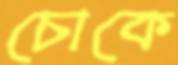
চোকে